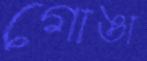
গোঙা